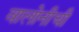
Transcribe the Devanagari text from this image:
वालोनीची